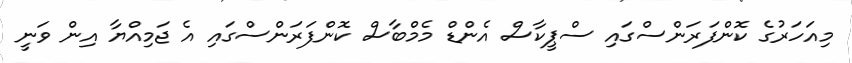
މިއަހަރުގެ ކޮންފަރަންސްގައި ސްޕީކާސް އެންޑް މެމްބާސް ކޮންފަރަންސްގައި އެ ޖަމިއްޔާ އިން ވަނީ